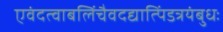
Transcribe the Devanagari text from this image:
एवंदत्वाबलिंचैवदद्यात्पिंडत्रयंबुधः